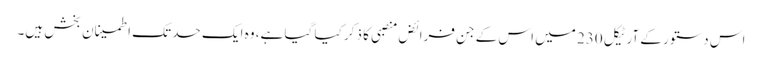
اس دستور کے آرٹیکل 230 میں اس کے جن فرائض منصبی کا ذکر کیا گیا ہے، وہ ایک حد تک اطمینان بخش ہیں۔